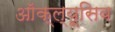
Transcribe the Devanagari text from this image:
ऑक्ल्यूसिव